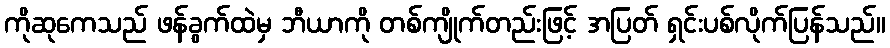
ကိုဆုကေသည် ဖန်ခွက်ထဲမှ ဘီယာကို တစ်ကျိုက်တည်းဖြင့် အပြတ် ရှင်းပစ်လိုက်ပြန်သည်။